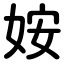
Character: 姲